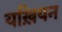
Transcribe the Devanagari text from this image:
यख़ियन